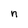
Character: n